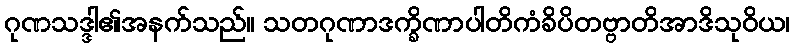
ဂုဏသဒ္ဒါ၏အနက်သည်။ သတဂုဏာဒက္ခိဏာပါတိကံခိပိတဗ္ဗာတိအာဒိသုဝိယ၊